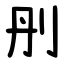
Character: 刐